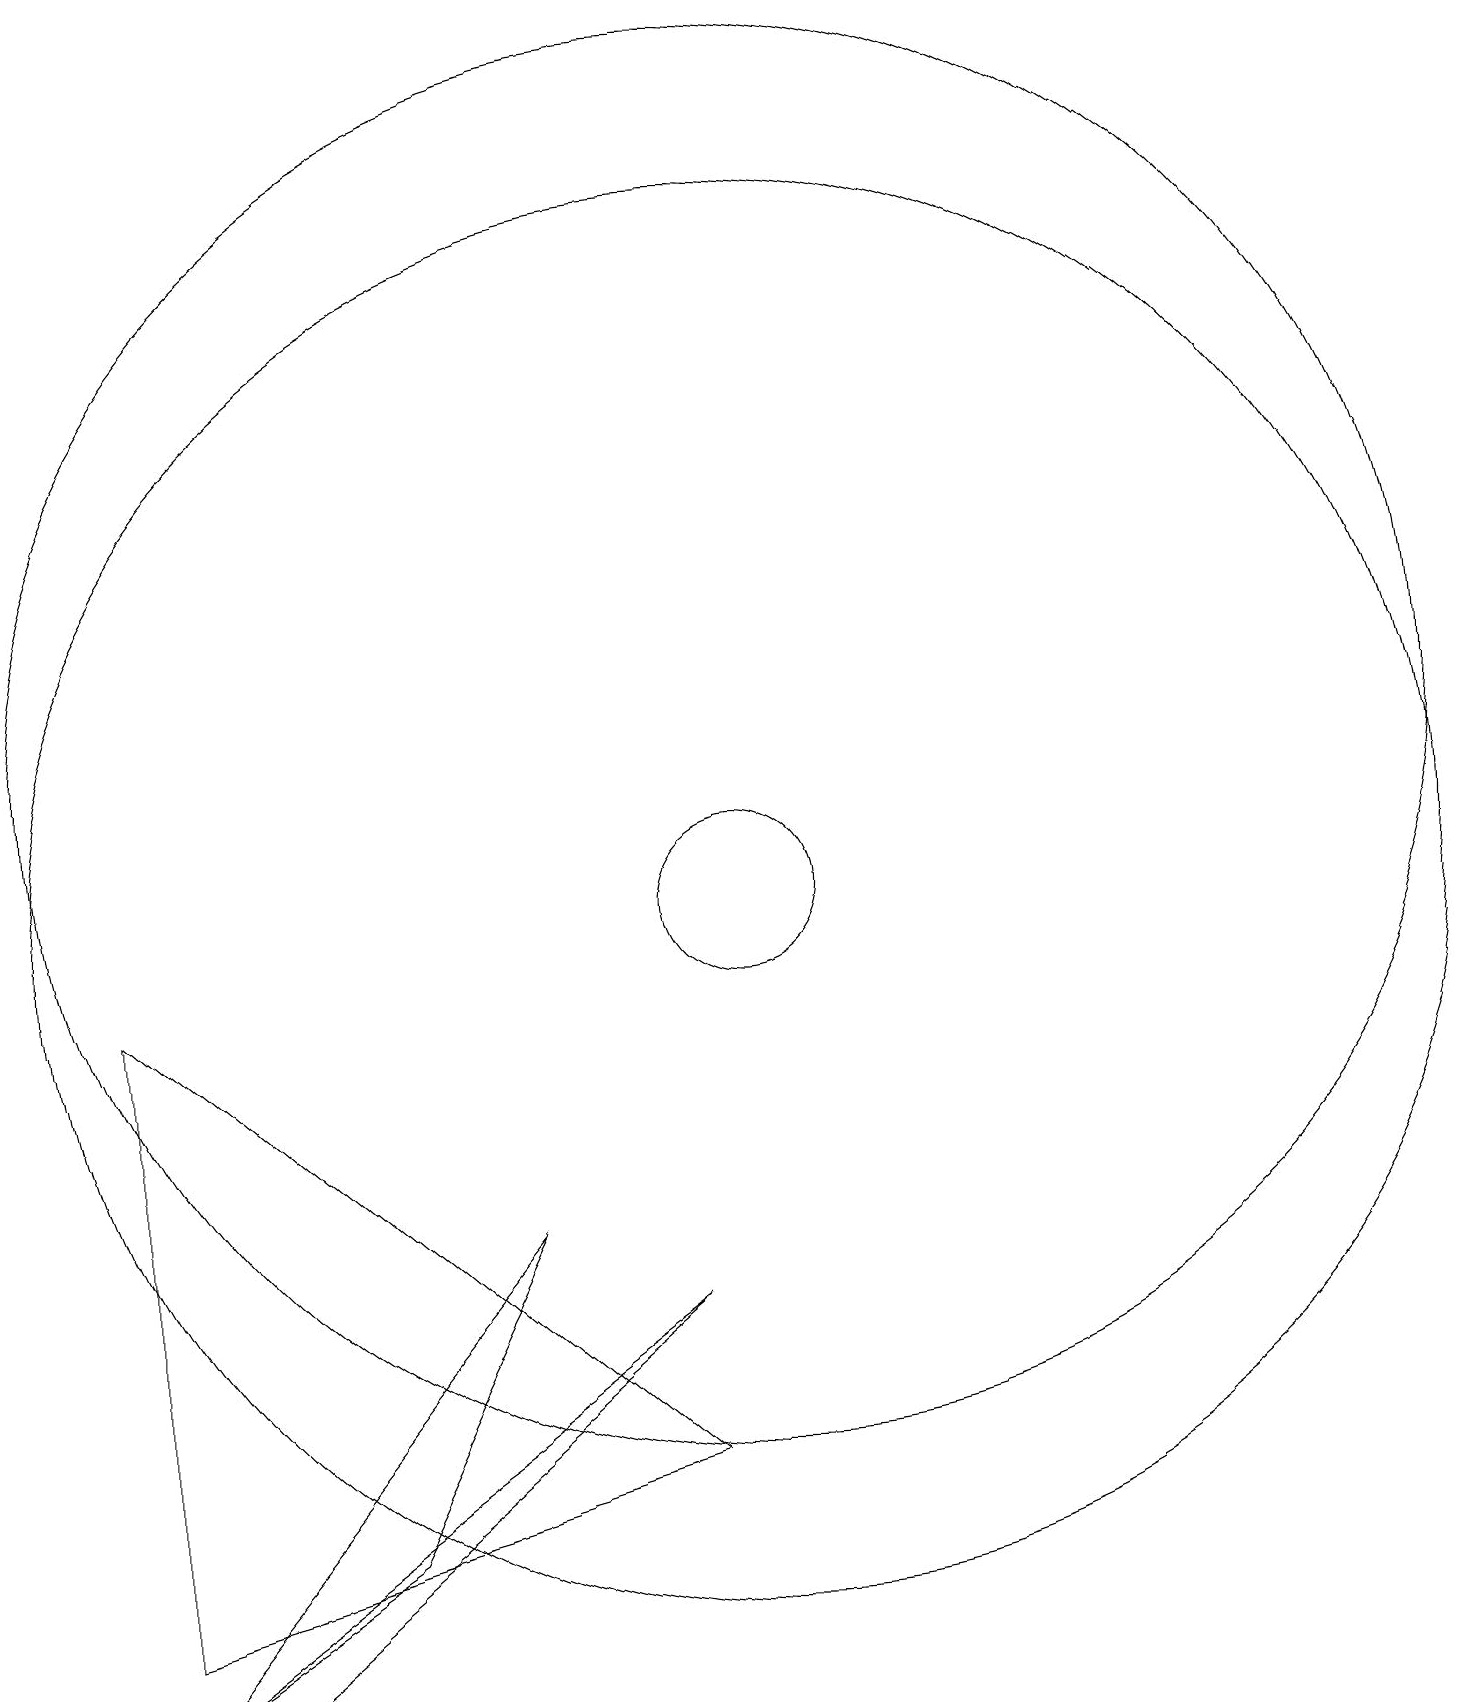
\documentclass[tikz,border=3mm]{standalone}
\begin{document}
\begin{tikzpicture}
\draw (2,1) -- (2,9) -- (9,3) -- cycle;
\draw (10,10) circle (9);
\draw (2,0) -- (7,6) -- (5,2) -- cycle;
\draw (3,0) -- (2,0) -- (9,5) -- cycle;
\draw (10,10) circle (1);
\draw (10,12) circle (9);
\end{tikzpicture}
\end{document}